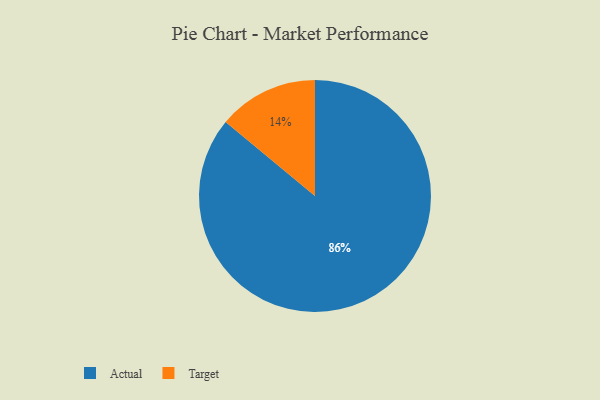
{"axis": {"x": "Category", "y": "Percentage"}, "legend": ["Actual", "Target"], "data": [{"x": "Actual", "y": 86, "type": "Actual"}, {"x": "Target", "y": 14, "type": "Target"}]}